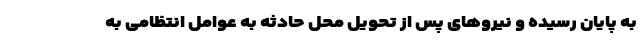
به پایان رسیده و نیروهای پس از تحویل محل حادثه به عوامل انتظامی به